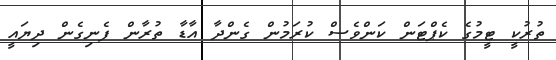
ތުރުކީ ޓީމުގެ ކެޕްޓަން ކަންވެސް ކުރަމުން ގެންދާ އާޑާ ތުރާން ފެނިގެން ދިޔައީ